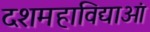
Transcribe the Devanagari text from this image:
दशमहाविद्याओं